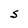
Character: S